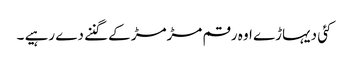
کئی دیہاڑے اوہ رقم مڑمڑ کے گننے دے رہیے ۔